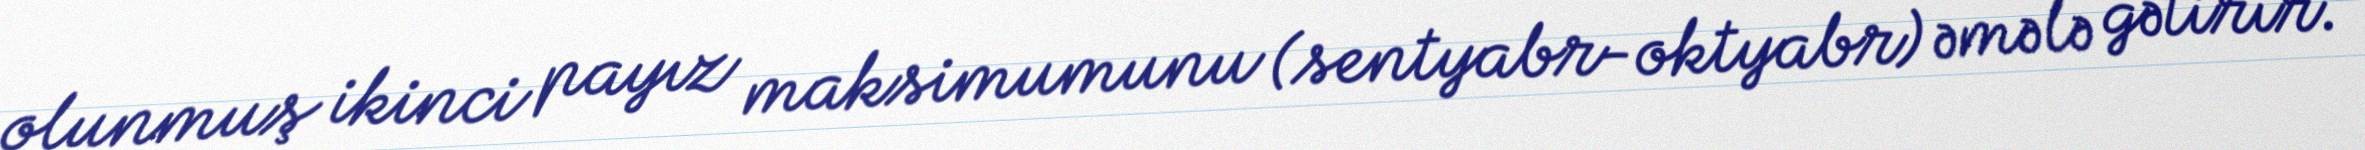
olunmuş ikinci payız maksimumunu (sentyabr-oktyabr) əmələ gətirir.